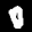
Label: 0